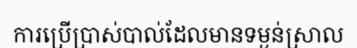
ការប្រើប្រាស់បាល់ដែលមានទម្ងន់ស្រាល